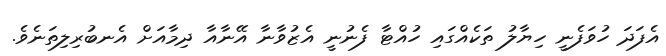
އެފަދަ ހުވަފެނީ ހިޔާލު ތަކެއްގައި ހުއްޓާ ފެނުނީ އެޒުވާނާ އޭނާއާ ދިމާއަށް އެނބުރިލިތަނެވެ.